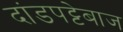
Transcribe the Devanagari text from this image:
दांडपट्टेबाज